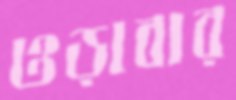
ওড়াবার